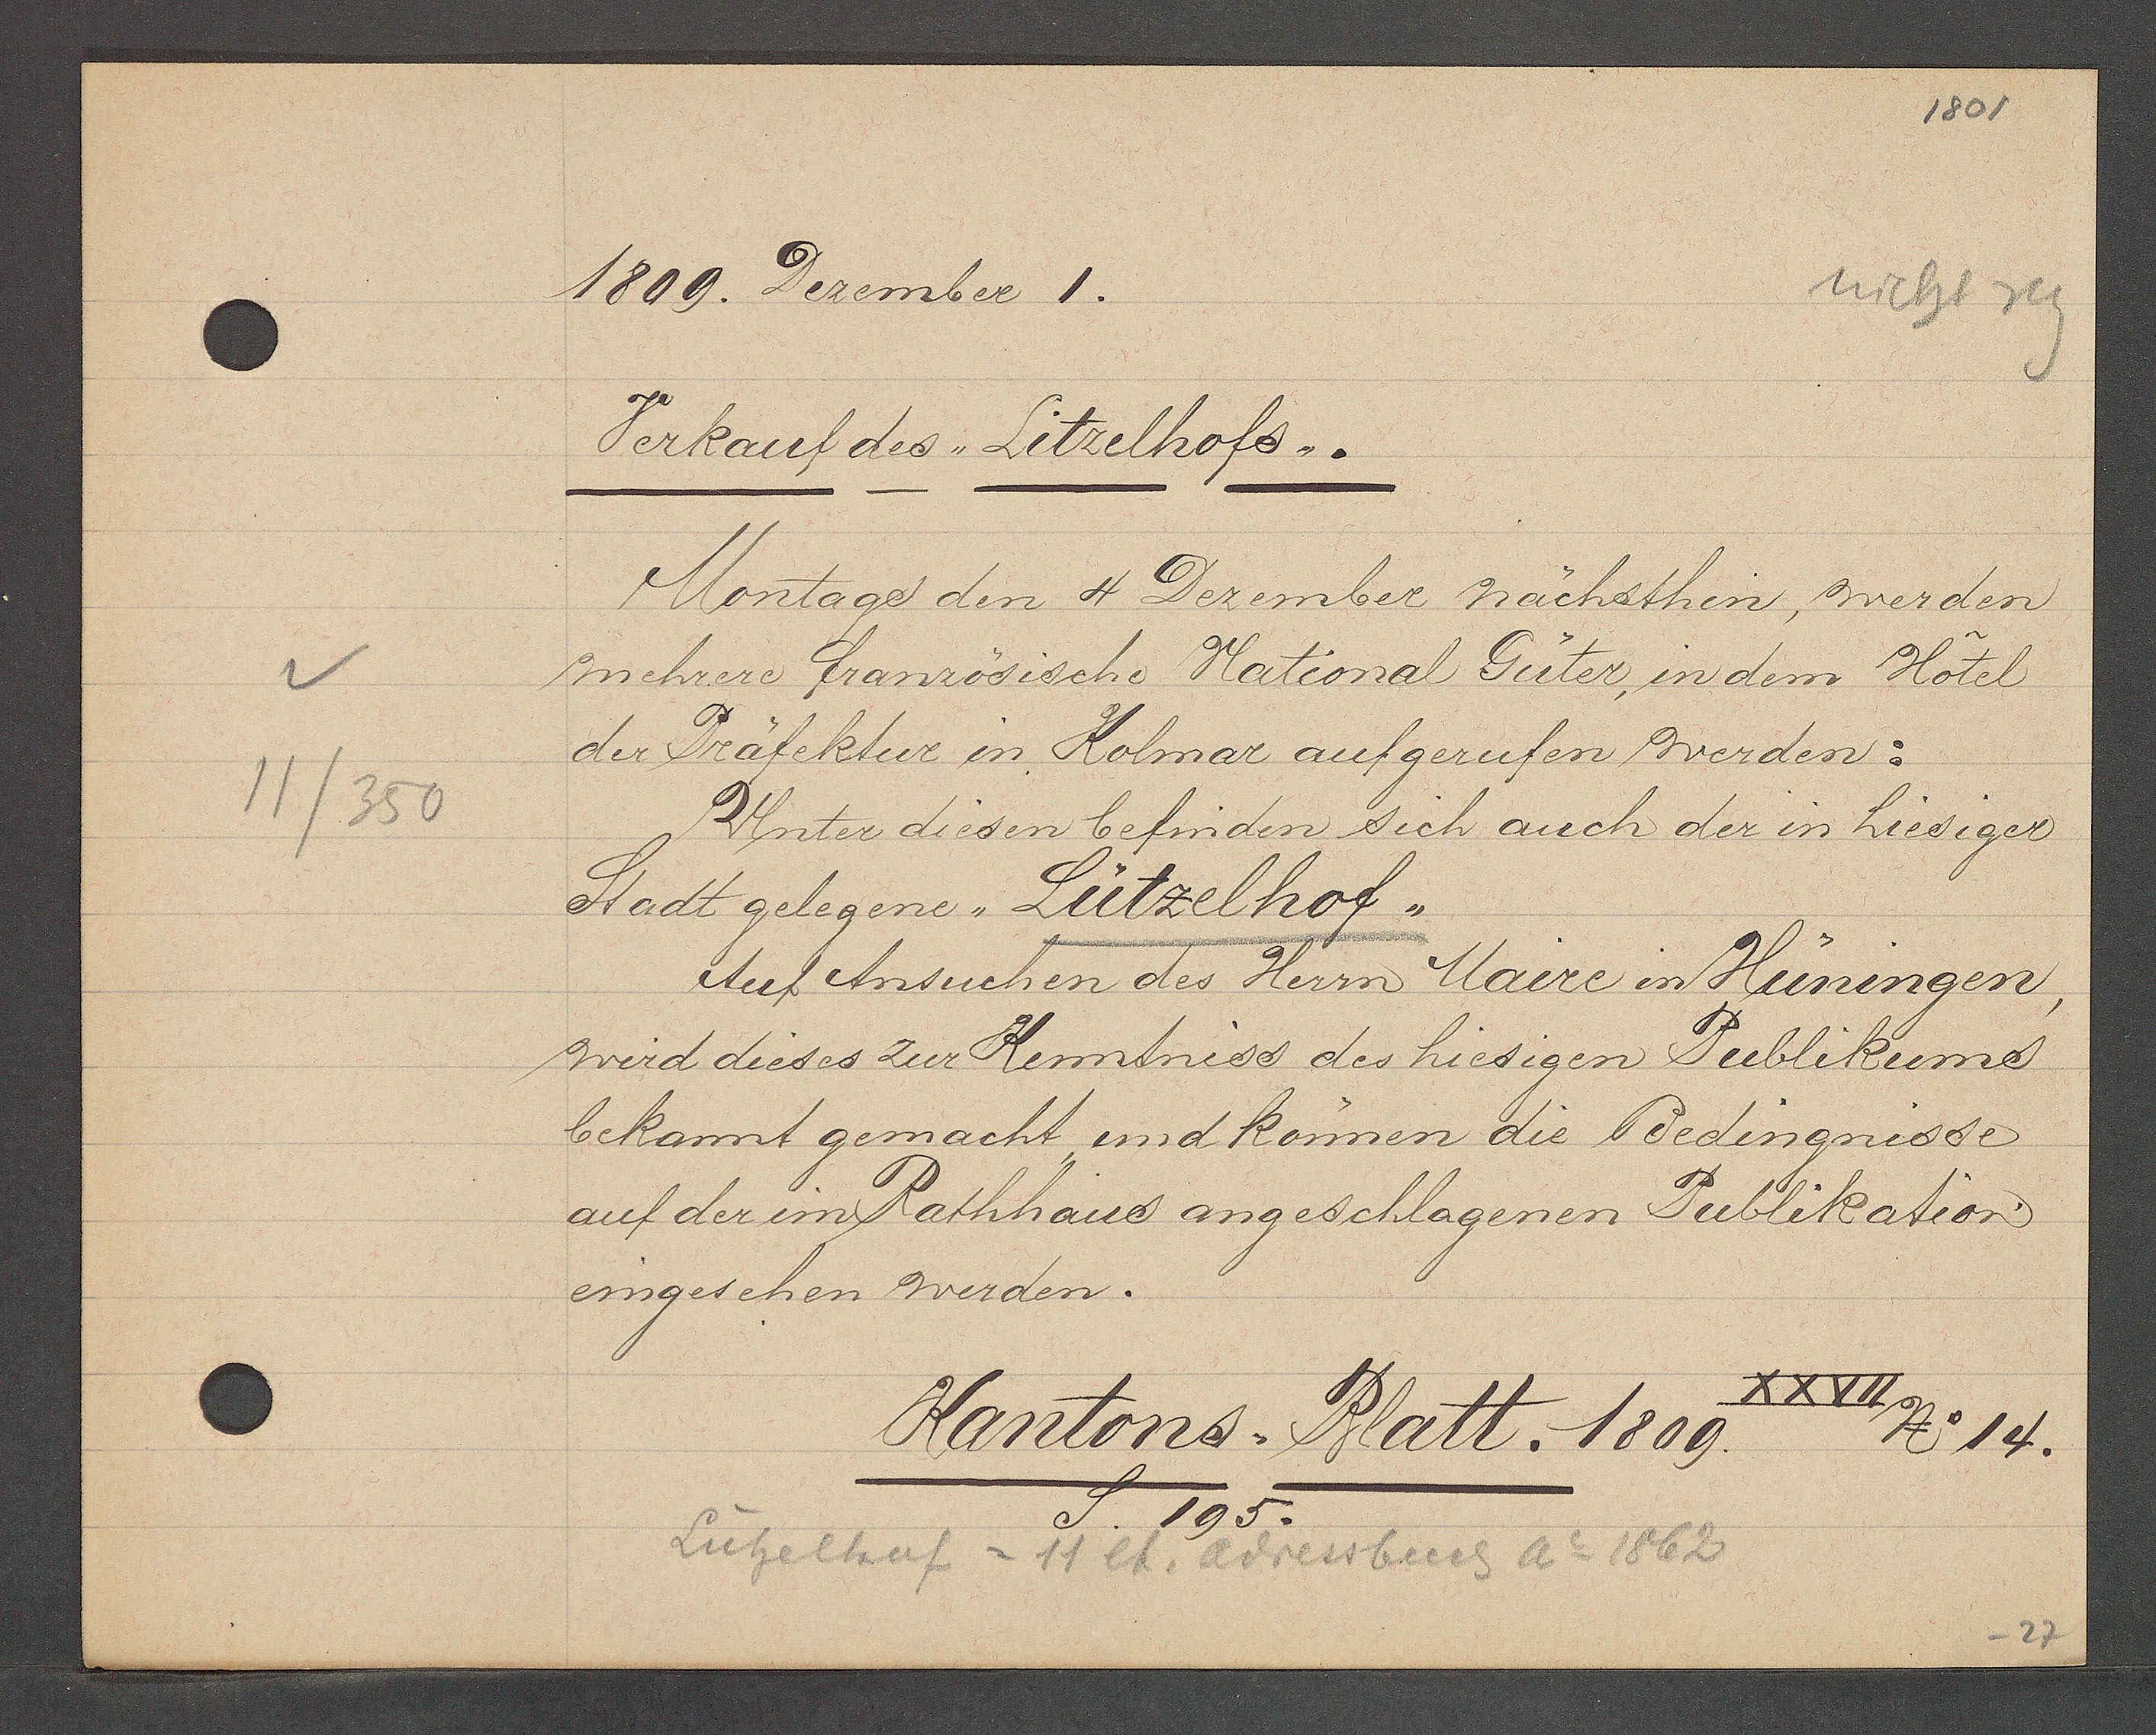
Transcript:
11/350

1809. Dezember 1.

Verkauf des Litzelhofes.
mehrere Französische National Güter, in dem Hotel
Montage den 4 Dezember nächsthen werden
der Bräfelktur in Kolmar aufgerufen werden:
Stadt gelegene Lützelhof
wird dieses zur Kenntniss des hiesigen Publikums
bekannt gemacht und können die Bedingnisse
auf der im Rathhaus angeschlagenen Publikation
eingesehen werden.
Unter diesen befinden sich auch der in hiesiger
Auf Ansuchen des Herrn Maire in Hüningen

Kantons. Blatt. 1809.
195
XXVII
No 14.

Lützelhof = 11 lt. Adressbuch Ao 1862
195.